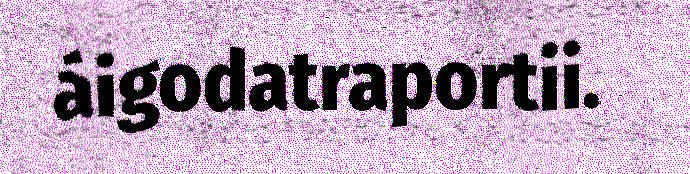
áigodatraportii.